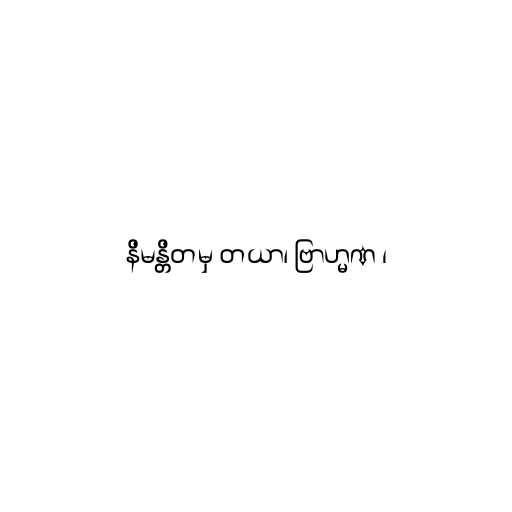
နိမန္တိတမှ တယာ၊ ဗြာဟ္မဏ ၊